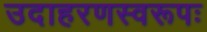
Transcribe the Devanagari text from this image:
उदाहरणस्वरूपः